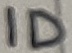
Text: ID